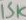
Text: 15K